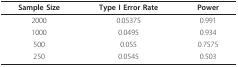
<table><thead><tr><td><b>Sample Size</b></td><td><b>Type I Error Rate</b></td><td><b>Power</b></td></tr></thead><tbody><tr><td>2000</td><td>0.05375</td><td>0.991</td></tr><tr><td>1000</td><td>0.0495</td><td>0.934</td></tr><tr><td>500</td><td>0.055</td><td>0.7575</td></tr><tr><td>250</td><td>0.0545</td><td>0.503</td></tr></tbody></table>